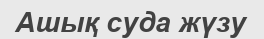
Ашық суда жүзу